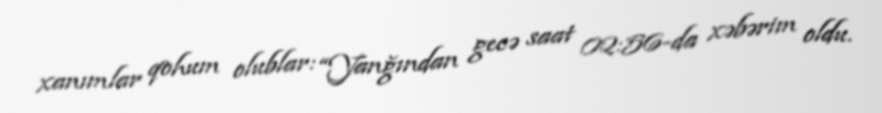
xanımlar qohum olublar: “Yanğından gecə saat 02:56-da xəbərim oldu.